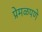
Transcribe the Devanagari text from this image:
प्रेमळपणे